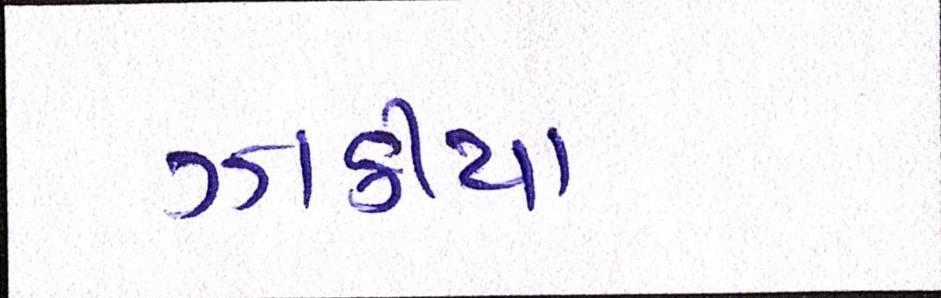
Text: ઝાકીયા